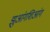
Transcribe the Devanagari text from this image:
झुआंगशिआंग